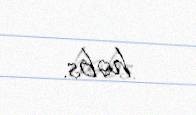
həbs.